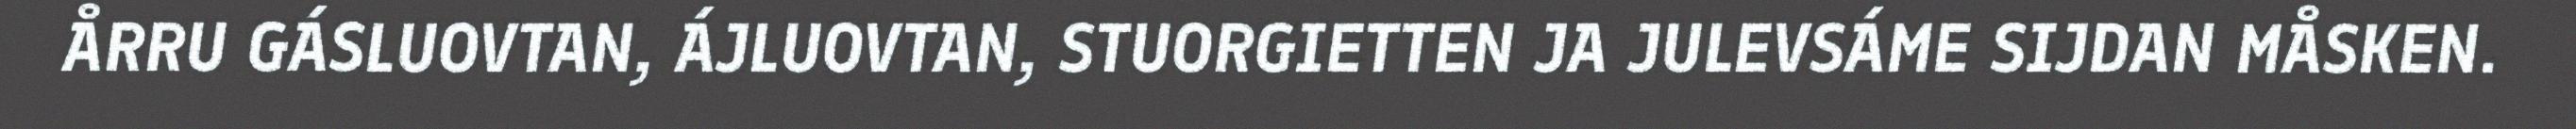
ÅRRU GÁSLUOVTAN, ÁJLUOVTAN, STUORGIETTEN JA JULEVSÁME SIJDAN MÅSKEN.